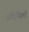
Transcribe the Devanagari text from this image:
अंतिर्नियमों